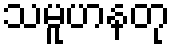
သမူဟနတု